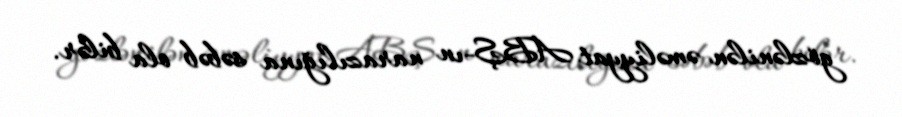
gözlənilən əməliyyat ABŞ-ın narazılığına səbəb ola bilər.